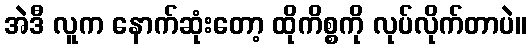
အဲဒီ လူက နောက်ဆုံးတော့ ထိုကိစ္စကို လုပ်လိုက်တာပဲ။